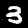
Digit: 3